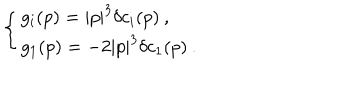
LaTeX: \left\{ \begin{array} { l } { { g _ { i } ( p ) = | p | ^ { 3 } \delta c _ { i } ( p ) \: , } } \\ { { g _ { 1 } ( p ) = - 2 | p | ^ { 3 } \delta c _ { 1 } ( p ) \: . } } \\ \end{array} \right.